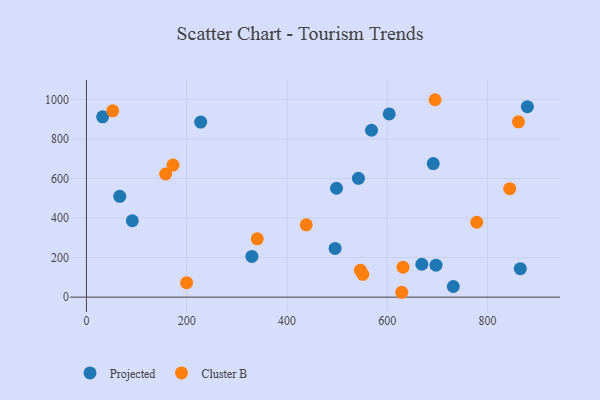
{"axis": {"x": "Speed", "y": "Yield"}, "legend": ["Cluster B", "Projected"], "data": [{"x": "496.1", "y": 246.5, "type": "Projected"}, {"x": "32.3", "y": 912.1, "type": "Projected"}, {"x": "542.6", "y": 600.7, "type": "Projected"}, {"x": "731.9", "y": 53.9, "type": "Projected"}, {"x": "330.1", "y": 205.9, "type": "Projected"}, {"x": "227.9", "y": 885.5, "type": "Projected"}, {"x": "91.5", "y": 386.3, "type": "Projected"}, {"x": "604.1", "y": 926.5, "type": "Projected"}, {"x": "879.7", "y": 963.0, "type": "Projected"}, {"x": "66.5", "y": 509.8, "type": "Projected"}, {"x": "568.7", "y": 843.9, "type": "Projected"}, {"x": "691.9", "y": 675.7, "type": "Projected"}, {"x": "865.6", "y": 143.8, "type": "Projected"}, {"x": "697.4", "y": 161.9, "type": "Projected"}, {"x": "669.1", "y": 166.3, "type": "Projected"}, {"x": "498.9", "y": 550.7, "type": "Projected"}, {"x": "861.9", "y": 886.8, "type": "Cluster B"}, {"x": "172.7", "y": 668.1, "type": "Cluster B"}, {"x": "844.5", "y": 548.4, "type": "Cluster B"}, {"x": "551.3", "y": 115.4, "type": "Cluster B"}, {"x": "438.5", "y": 365.7, "type": "Cluster B"}, {"x": "199.8", "y": 73.1, "type": "Cluster B"}, {"x": "695.5", "y": 998.4, "type": "Cluster B"}, {"x": "52.4", "y": 942.1, "type": "Cluster B"}, {"x": "631.5", "y": 151.6, "type": "Cluster B"}, {"x": "340.8", "y": 294.7, "type": "Cluster B"}, {"x": "629.1", "y": 24.6, "type": "Cluster B"}, {"x": "778.7", "y": 378.7, "type": "Cluster B"}, {"x": "158.0", "y": 622.8, "type": "Cluster B"}, {"x": "546.6", "y": 136.3, "type": "Cluster B"}]}